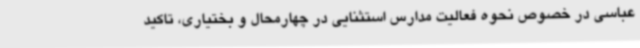
عباسی در خصوص نحوه فعالیت مدارس استثنایی در چهارمحال و بختیاری، تاکید